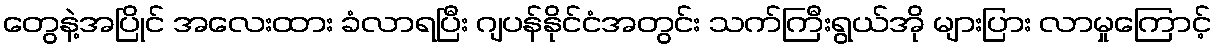
တွေနဲ့အပြိုင် အလေးထား ခံလာရပြီး ဂျပန်နိုင်ငံအတွင်း သက်ကြီးရွယ်အို များပြား လာမှုကြောင့်